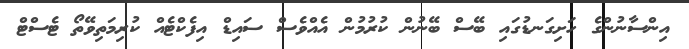
އިންސާނުންގެ ހަށިގަނޑުގައި ބޭސް ބޭނުން ކުރުމުން އެއްވެސް ސައިޑް އިފެކްޓެއް ކުރިމަތިވޭތޯ ޓެސްޓް